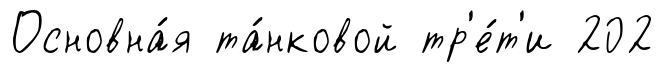
Основна́я та́нковой тр'е́т'и 202